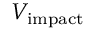
V _ { \mathrm { { i m p a c t } } }